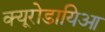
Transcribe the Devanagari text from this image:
क्यूरोडायिआ